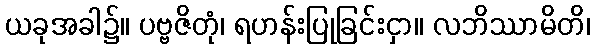
ယခုအခါ၌။ ပဗ္ဗဇိတုံ၊ ရဟန်းပြုခြင်းငှာ။ လဘိဿာမိတိ၊